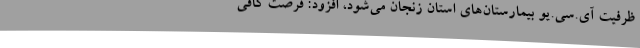
ظرفیت آی.‌سی.‌یو بیمارستان‌های استان زنجان می‌شود، افزود: فرصت کافی